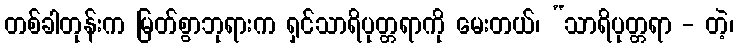
တစ်ခါတုန်းက မြတ်စွာဘုရားက ရှင်သာရိပုတ္တရာကို မေးတယ်၊ “သာရိပုတ္တရာ - တဲ့၊